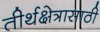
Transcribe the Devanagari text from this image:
तीर्थक्षेत्रासाठी